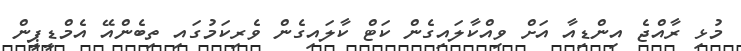
މުޅި ރާއްޖެ އިންޑިއާ އަށް ވިއްކާލައިގެން ކަޓް ކާލައިގެން ވެރިކަމުގައި ތިބެންއޭ އެމްޑީޕީން